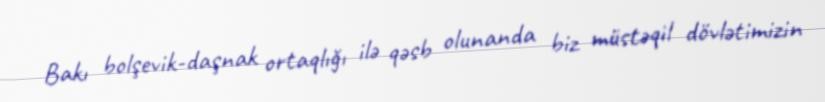
Bakı bolşevik-daşnak ortaqlığı ilə qəsb olunanda biz müstəqil dövlətimizin